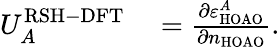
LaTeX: \begin{array}{rl}{U_{A}^{\mathrm{RSH-DFT}}}&{{}=\frac{\partial\varepsilon_{\mathrm{HOAO}}^{A}}{\partial n_{\mathrm{HOAO}}}.}\end{array}